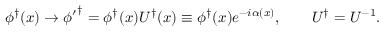
\phi ^ { \dagger } ( x ) \rightarrow \phi { ' } ^ { \dagger } = \phi ^ { \dagger } ( x ) U ^ { \dagger } ( x ) \equiv \phi ^ { \dagger } ( x ) e ^ { - i \alpha ( x ) } , \qquad U ^ { \dagger } = U ^ { - 1 } .